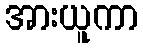
အားယူကာ